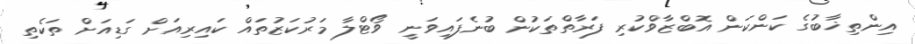
އިންތިޚާބުގެ ކަންކަން އޮބްޒާވްކުރި ފަރާތްތަކުން ބުނެފައިވަނީ ވޯޓްލާ މަރުކަޒުތައް ކައިރިއަށް ގަޑިއަށް ތަކެތި